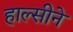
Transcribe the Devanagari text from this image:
हाल्सीने